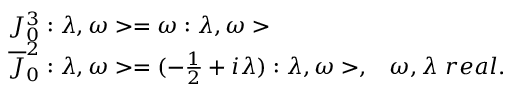
\begin{array} { l l } { { J _ { 0 } ^ { 3 } : \lambda , \omega > = \omega : \lambda , \omega > } } & { { } } \\ { { \overline { { { J } } } _ { 0 } ^ { 2 } : \lambda , \omega > = ( - \frac { 1 } { 2 } + i \lambda ) : \lambda , \omega > , } } & { { \omega , \lambda \ r e a l . } } \end{array}